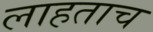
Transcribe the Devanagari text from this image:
लाहताच